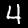
Digit: 4